Annual report of the Punjab Veterinary College and of the Civil Veterinary Department, Punjab - 1894-1908
Year: 1894
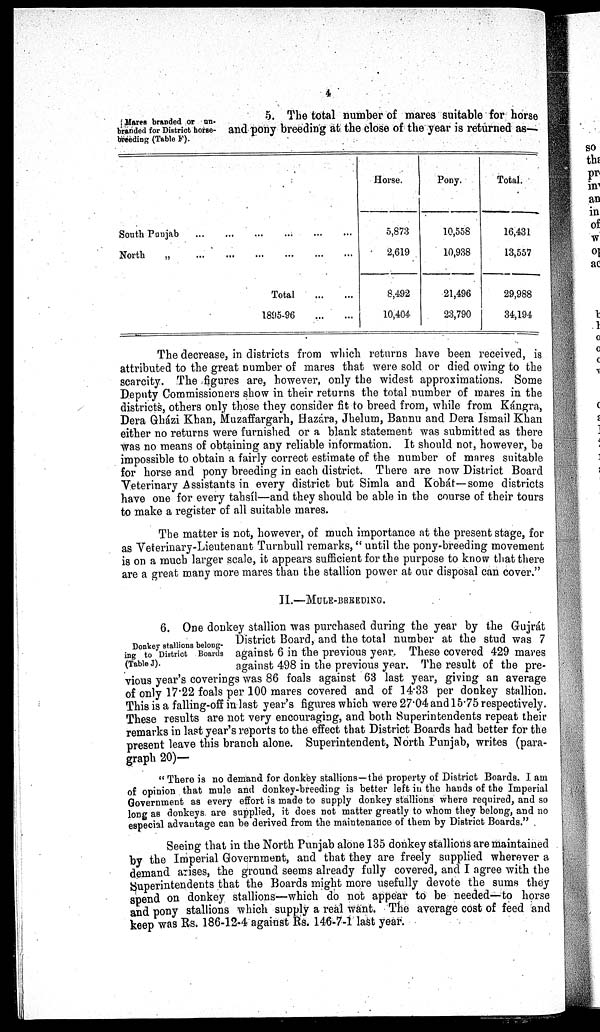
4
Mares branded or un-
branded for District horse-
breeding (Table F).
5. The total number of mares suitable for horse
and pony breeding at the close of the year is returned as—
South Punjab...
...
...
...
...
...
North
„...
...
...
...
...
...
Total
...
...
1805-96
...
...
Horse.
5,873
2,619
8,492
10,404
Pony.
10,558
10,938
21,496
23,790
Total.
16,431
13,557
29,988
34,194
The decrease, in districts from which returns have been received, is
attributed to the great number of mares that were sold or died owing to the
scarcity. The figures are, however, only the widest approximations. Some
Deputy Commissioners show in their returns the total number of mares in the
districts, others only those they consider fit to breed from, while from Kángra,
Dera Gházi Khan, Muzaffargarh, Hazára, Jhelum, Bannu and Dera Ismail Khan
either no returns were furnished or a blank statement was submitted as there
was no means of obtaining any reliable information. It should not, however, be
impossible to obtain a fairly correct estimate of the number of mares suitable
for horse and pony breeding in each district. There are now District Board
Veterinary Assistants in every district but Simla and Kohát—some districts
have one for every tahsíl—and they should be able in the course of their tours
to make a register of all suitable mares.
The matter is not, however, of much importance at the present stage, for
as Veterinary-Lieutenant Turnbull remarks, " until the pony-breeding movement
is on a much larger scale, it appears sufficient for the purpose to know that there
are a great many more mares than the stallion power at our disposal can cover."
II.—MULE-BREEDING.
Donkey stallions belong-
ing to District Boards
(Table J).
6. One donkey stallion was purchased during the year by the Gujrát
District Board, and the total number at the stud was 7
against 6 in the previous year. These covered 429 mares
against 498 in the previous year. The result of the pre-
vious year's coverings was 86 foals against 63 last year, giving an average
of only 17.22 foals per 100 mares covered and of 14.33 per donkey stallion.
This is a falling-off in last year's figures which were 27.04 and 15.75 respectively.
These results are not very encouraging, and both Superintendents repeat their
remarks in last year's reports to the effect that District Boards had better for the
present leave this branch alone. Superintendent, North Punjab, writes (para-
graph 20)—
" There is no demand for donkey stallions—the property of District Boards. I am
of opinion that mule and donkey-breeding is better left in the hands of the Imperial
Government as every effort is made to supply donkey stallions where required, and so
long as donkeys are supplied, it does not matter greatly to whom they belong, and no
especial advantage can be derived from the maintenance of them by District Boards."
Seeing that in the North Punjab alone 135 donkey stallions are maintained
by the Imperial Government, and that they are freely supplied wherever a
demand arises, the ground seems already fully covered, and I agree with the
Superintendents that the Boards might more usefully devote the sums they
spend on donkey stallions—which do not appear to be needed—to horse
and pony stallions which supply a real want. The average cost of feed and
keep was Rs. 186-12-4 against Rs. 146-7-1 last year.